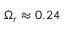
\Omega _ { r } \approx 0 . 2 4